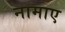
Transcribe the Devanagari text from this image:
नामाए